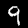
Digit: 9